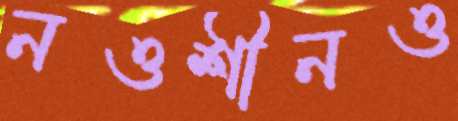
নওশীনও